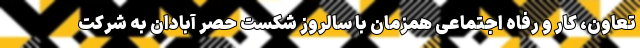
تعاون، کار و رفاه اجتماعی همزمان با سالروز شکست حصر آبادان به شرکت